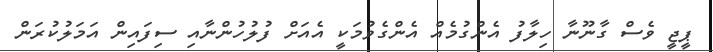
ޕީޖީ ވެސް ގާނޫނާ ހިލާފު އެންގުމެއް އެންގެވުމަކީ އެއަށް ފުލުހުންނާއި ސިފައިން އަމަލުކުރަން